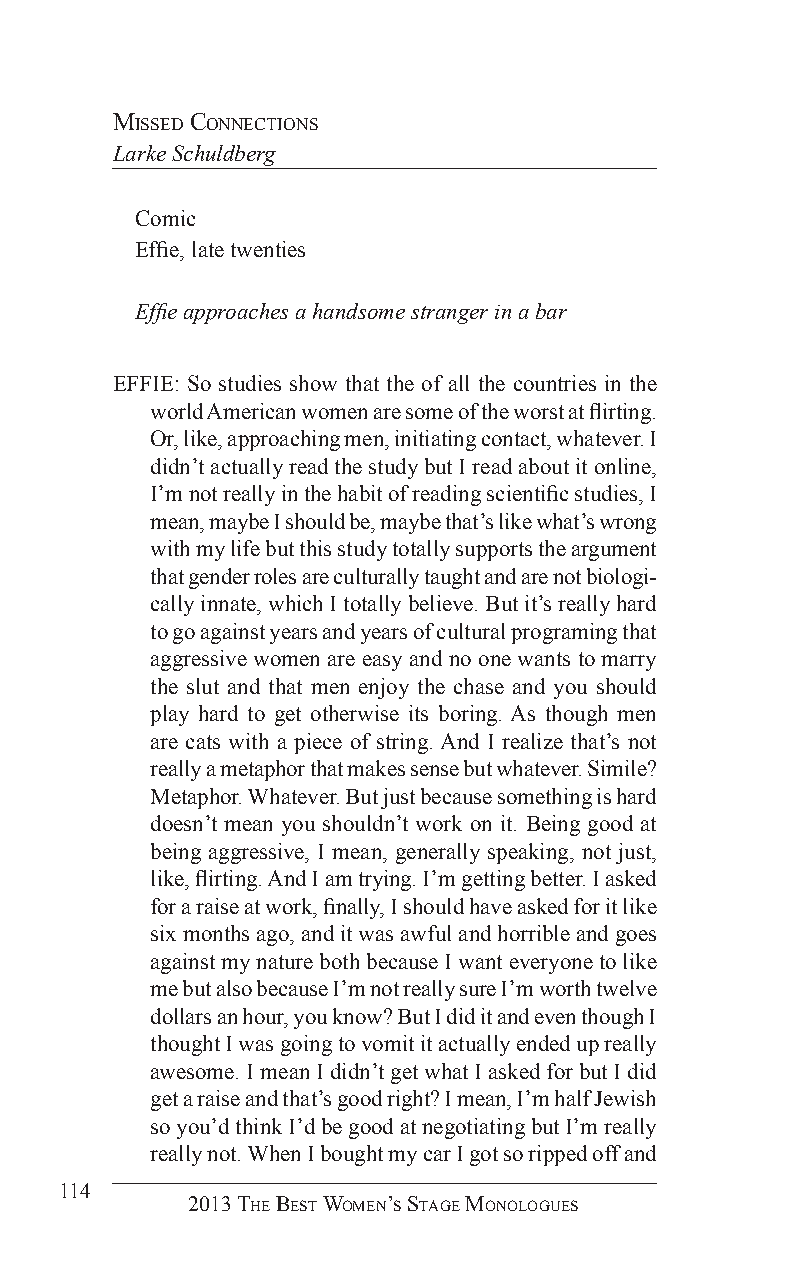
missed ConneCTions
 Larke Schuldberg
 Comic
 Effie, late twenties
 Effie approaches a handsome stranger in a bar
 EFFIE: So studies show that the of all the countries in the
 world American women are some of the worst at flirting.
 Or, like, approaching men, initiating contact, whatever. I
 didn’t actually read the study but I read about it online,
 I’m not really in the habit of reading scientific studies, I
 mean, maybe I should be, maybe that’s like what’s wrong
 with my life but this study totally supports the argument
 that gender roles are culturally taught and are not biologi-
 cally innate, which I totally believe. But it’s really hard
 to go against years and years of cultural programing that
 aggressive women are easy and no one wants to marry
 the slut and that men enjoy the chase and you should
 play hard to get otherwise its boring. As though men
 are cats with a piece of string. And I realize that’s not
 really a metaphor that makes sense but whatever. Simile?
 Metaphor. Whatever. But just because something is hard
 doesn’t mean you shouldn’t work on it. Being good at
 being aggressive, I mean, generally speaking, not just,
 like, flirting. And I am trying. I’m getting better. I asked
 for a raise at work, finally, I should have asked for it like
 six months ago, and it was awful and horrible and goes
 against my nature both because I want everyone to like
 me but also because I’m not really sure I’m worth twelve
 dollars an hour, you know? But I did it and even though I
 thought I was going to vomit it actually ended up really
 awesome. I mean I didn’t get what I asked for but I did
 get a raise and that’s good right? I mean, I’m half Jewish
 so you’d think I’d be good at negotiating but I’m really
 really not. When I bought my car I got so ripped off and
 114
 2013 The BesT Women’s sTage monologues